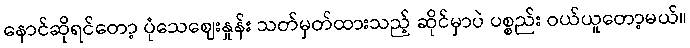
နောင်ဆိုရင်တော့ ပုံသေဈေးနှုန်း သတ်မှတ်ထားသည့် ဆိုင်မှာပဲ ပစ္စည်း ဝယ်ယူတော့မယ်။